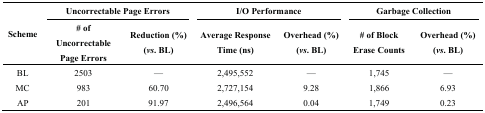
<table><thead><tr><td rowspan="3"><b>Scheme</b></td><td colspan="2"><b>Uncorrectable Page Errors</b></td><td colspan="2"><b>I/O Performance</b></td><td colspan="2"><b>Garbage Collection</b></td></tr><tr><td><b># of Uncorrectable Page Errors</b></td><td><b>Reduction (%) (<i>vs.</i> BL)</b></td><td><b>Average Response Time (ns)</b></td><td><b>Overhead (%) (<i>vs.</i> BL)</b></td><td><b># of Block Erase Counts</b></td><td><b>Overhead (%) (<i>vs.</i> BL)</b></td></tr></thead><tbody><tr><td>BL</td><td>2503</td><td>—</td><td>2,495,552</td><td>—</td><td>1,745</td><td>—</td></tr><tr><td>MC</td><td>983</td><td>60.70</td><td>2,727,154</td><td>9.28</td><td>1,866</td><td>6.93</td></tr><tr><td>AP</td><td>201</td><td>91.97</td><td>2,496,564</td><td>0.04</td><td>1,749</td><td>0.23</td></tr></tbody></table>